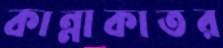
কান্নাকাতর